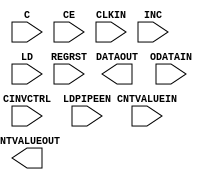
///////////////////////////////////////////////////////////////////////////////
// Copyright (c) 1995/2004 Xilinx, Inc.
// All Right Reserved.
///////////////////////////////////////////////////////////////////////////////
//   ____  ____
//  /   /\/   /
// /___/  \  /    Vendor : Xilinx
// \   \   \/     Version : 12.0
//  \   \         Description : Xilinx Formal Library Component
//  /   /                  Onput Fixed or Variable Delay Element.
// /___/   /\     Filename : ODELAYE2.v
// \   \  /  \    Timestamp : Mon Sep 21 08:48:13 PDT 2009
//  \___\/\___\
//
// Revision:
//    09/21/09 - Initial version.
// End Revision

`timescale  1 ps / 1 ps

module ODELAYE2 (CNTVALUEOUT, DATAOUT, C, CE, CINVCTRL, CLKIN, CNTVALUEIN, INC, LD, LDPIPEEN, ODATAIN, REGRST);

    parameter CINVCTRL_SEL = "FALSE";
    parameter DELAY_SRC = "ODATAIN";
    parameter HIGH_PERFORMANCE_MODE    = "TRUE";
    parameter ODELAY_TYPE  = "FIXED";
    parameter integer ODELAY_VALUE = 0;
    parameter PIPE_SEL = "FALSE";
    parameter real REFCLK_FREQUENCY = 200.0;
    parameter SIGNAL_PATTERN    = "DATA";

    output [4:0] CNTVALUEOUT;
    output DATAOUT;

    input C;
    input CE;
    input CINVCTRL;
    input CLKIN;
    input [4:0] CNTVALUEIN;
    input INC;
    input LD;
    input LDPIPEEN;
    input ODATAIN;
    input REGRST;


endmodule // ODELAYE2